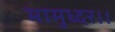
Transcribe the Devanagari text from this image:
मामुध्दर।।